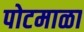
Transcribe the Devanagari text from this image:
पोटमाळा